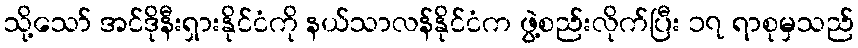
သို့သော် အင်ဒိုနီးရှားနိုင်ငံကို နယ်သာလန်နိုင်ငံက ဖွဲ့စည်းလိုက်ပြီး ၁၇ ရာစုမှသည်